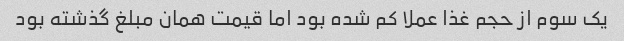
یک سوم از حجم غذا عملا کم شده بود اما قیمت همان مبلغ گذشته بود